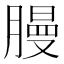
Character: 𫆳